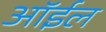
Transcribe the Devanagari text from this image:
ऑर्इल